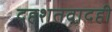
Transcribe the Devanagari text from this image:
दहशतवादही